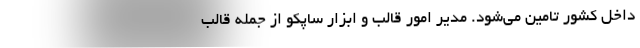
داخل کشور تامین می‌شود. مدیر امور قالب و ابزار ساپکو از جمله قالب